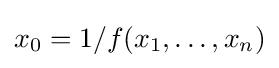
x_{0}=1/f(x_{1},\dots ,x_{n})